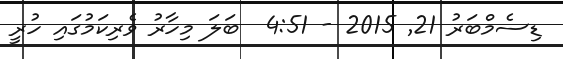
ޑިސެމްބަރު 21